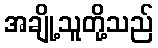
အချို့သူတို့သည်